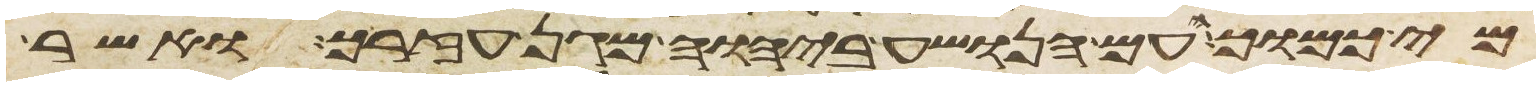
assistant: מי כמוך העם הנושע ביהוה מגן עזרך ואשר